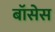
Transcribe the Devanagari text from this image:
बॉसेस